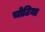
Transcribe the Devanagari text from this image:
चोटिया